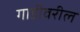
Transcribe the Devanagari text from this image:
गाडीवरील